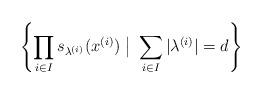
LaTeX: \begin{align*}\left\{\prod_{i\in I}s_{\lambda^{(i)}}(x^{(i)})\quad\!\!\!\!\big|\quad\!\!\!\!\sum_{i\in I}|\lambda^{(i)}|=d\right\}\end{align*}